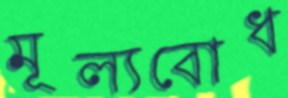
মূল্যবোধ